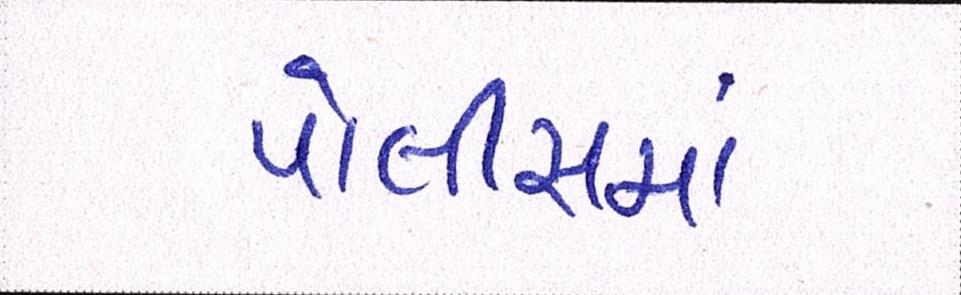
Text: પોલીસમાં